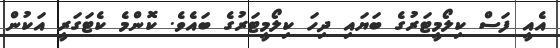
އެއީ ފަސް ކިލޯމީޓަރުގެ ބަޔައި ދިހަ ކިލޯމީޓަރުގެ ބައެވެ. ކޮންމެ ކެޓަގަރީ އަކުން